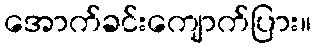
အောက်ခင်းကျောက်ပြား။